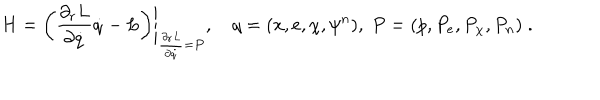
H = \left. \left( \frac { \partial _ { r } L } { \partial \dot { q } } \dot { q } - L \right) \right| _ { \frac { \partial _ { r } L } { \partial \dot { q } } = P } , \, \, \, \, \, \, q = ( x , e , \chi , \psi ^ { n } ) , \; P = ( p , P _ { e } , P _ { \chi } , P _ { n } ) \; .